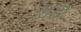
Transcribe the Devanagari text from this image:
विश्वी